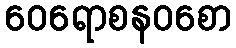
ဝေရောစနဝစော